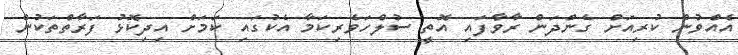
އެއްވުން ކުރިއަށް ގެންދަން ރާވާފައި އޮތީ ސުލްހަވެރިކަމާ އެކުގައި ކަމަށް އިދިކޮޅު ފަރާތްތަކުން